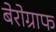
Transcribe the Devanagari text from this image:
बेरोग्राफ